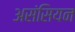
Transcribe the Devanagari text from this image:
असंसियन